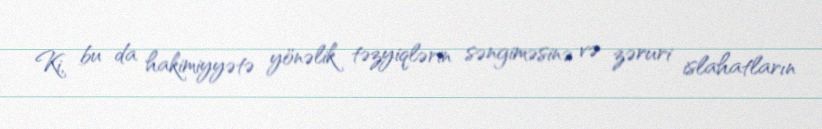
Ki, bu da hakimiyyətə yönəlik təzyiqlərin səngiməsinə və zəruri islahatların